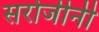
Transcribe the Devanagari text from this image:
सरोजीनी